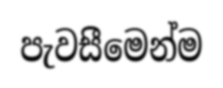
පැවසීමෙන්ම